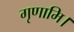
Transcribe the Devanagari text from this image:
गृणामि।